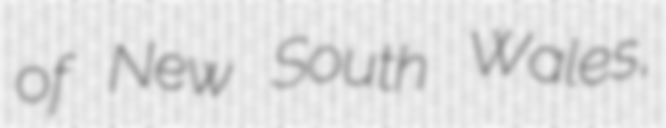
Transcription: of New South Wales,